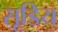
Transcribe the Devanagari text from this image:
सूडिय